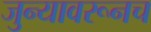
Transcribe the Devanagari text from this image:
जुन्यावरूनच